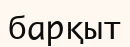
барқыт